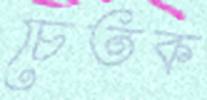
চেতক